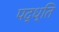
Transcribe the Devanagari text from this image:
पद्ध्ति